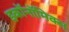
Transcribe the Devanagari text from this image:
इकाॅनाॅमिक्स